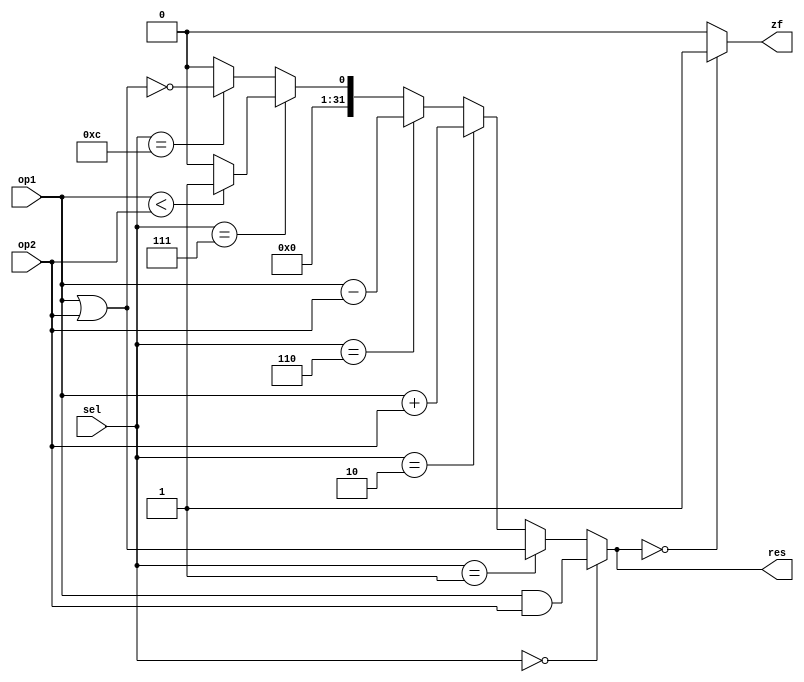
`timescale 1ns/1ns
module ALU( input [31:0]op1, input [31:0]op2, input [3:0]sel, 
            output [31:0]res, output zf );

    assign res = (sel == 4'b0000)? op1 & op2 :
    (sel == 4'b0001)? op1 | op2 :
    (sel == 4'b0010)? op1 + op2 :
    (sel == 4'b0110)? op1 - op2 :
    (sel == 4'b0111)? op1 < op2 ? 1:0:
    (sel == 4'b1100)? !(op1 | op2) :
    0;

    assign zf = (res == 0) ? 1 : 0;
    //dos iguales es una comparacio y uno solo es una asignacion

endmodule